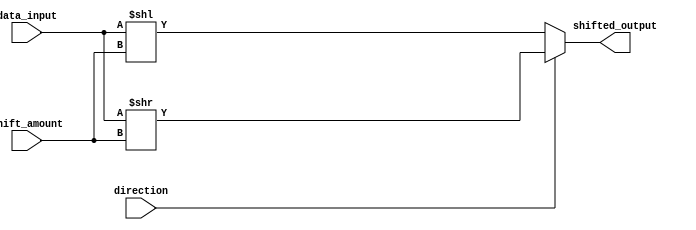
module HybridBarrelShifter (
    input [7:0] data_input,
    input [2:0] shift_amount,
    input direction,
    output [7:0] shifted_output
);
    
    reg [7:0] shifted_data;
    
    always @(*) begin
        if (direction == 1'b0) begin
            shifted_data = data_input << shift_amount;
        end else begin
            shifted_data = data_input >> shift_amount;
        end
    end
    
    assign shifted_output = shifted_data;
    
endmodule